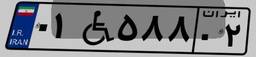
۰۱W۵۸۸۰۲